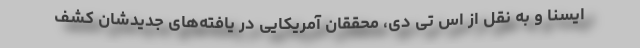
ایسنا و به نقل از اس تی دی، محققان آمریکایی در یافته‌های جدیدشان کشف